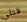
قتلى